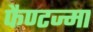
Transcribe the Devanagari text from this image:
फैण्टज्मा